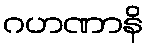
ဂဟဏာနိ